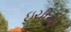
ઇચીઓ